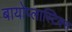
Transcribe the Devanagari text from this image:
बायोप्लास्टिक्स